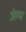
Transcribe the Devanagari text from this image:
जंम्प